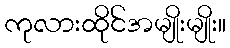
ကုလားထိုင်အမျိုးမျိုး။